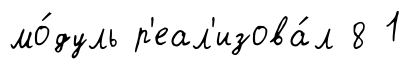
мо́дуль р'еал'изова́л 8 1